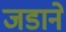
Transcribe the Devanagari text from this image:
जडाने